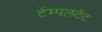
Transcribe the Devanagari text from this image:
टेंम्पलटेंट